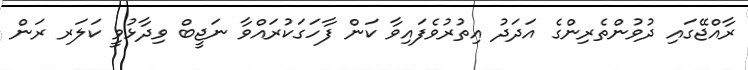
ރާއްޖޭގައި ދުވުންތެރިންގެ އަދަދު އިތުރުވެފައިވާ ކަން ފާހަގަކުރައްވާ ނަޖީބް ވިދާޅުވީ ކަލަރ ރަން